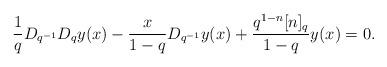
LaTeX: \begin{align*} \frac{1}{q} D_{q^{-1}} D_qy(x)- \dfrac{x}{1-q}D_{q^{-1}}y(x) + \frac{ q^{1-n}[n]_q}{1-q} y(x) =0.\end{align*}